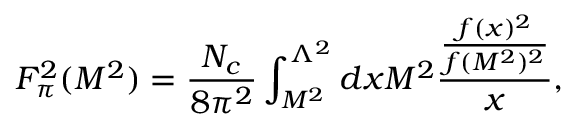
F _ { \pi } ^ { 2 } ( M ^ { 2 } ) = \frac { N _ { c } } { 8 \pi ^ { 2 } } \int _ { M ^ { 2 } } ^ { \Lambda ^ { 2 } } d x M ^ { 2 } \frac { \frac { f ( x ) ^ { 2 } } { f ( M ^ { 2 } ) ^ { 2 } } } { x } ,